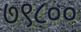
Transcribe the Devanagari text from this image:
७९८००